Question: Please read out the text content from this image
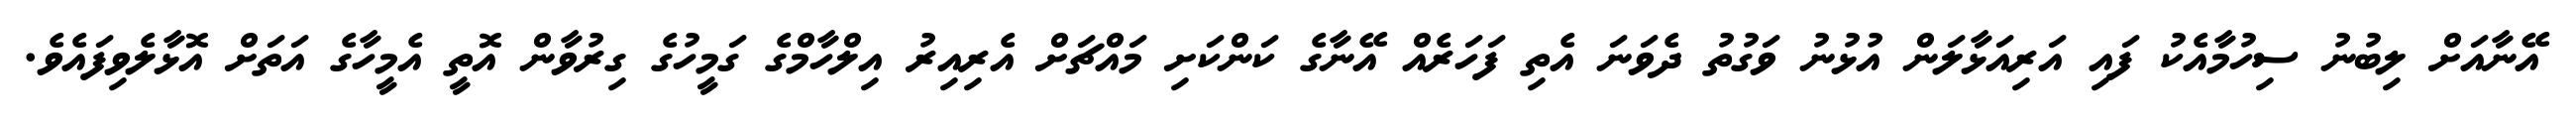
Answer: އޭނާއަށް ލިބުނު ސިހުމާއެކު ފައި އަރިއަޅާލަން އުޅުނު ވަގުތު ދެވަނަ އެތި ފަހަރެއް އޭނާގެ ކަންކަށި މައްޗަށް އެރިއިރު އިލްހާމްގެ ގަމީހުގެ ގިރުވާން އޮތީ އެމީހާގެ އަތަށް އޮޅާލެވިފައެވެ.